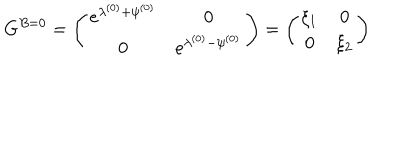
LaTeX: G ^ { B = 0 } = \left( \begin{array} { c c } { { e ^ { \lambda ^ { ( 0 ) } + \psi ^ { ( 0 ) } } } } & { { 0 } } \\ { { 0 } } & { { e ^ { \lambda ^ { ( 0 ) } - \psi ^ { ( 0 ) } } } } \\ \end{array} \right) = \left( \begin{array} { c c } { { \xi _ { 1 } } } & { { 0 } } \\ { { 0 } } & { { \xi _ { 2 } } } \\ \end{array} \right)